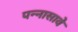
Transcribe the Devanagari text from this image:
पन्नासावे